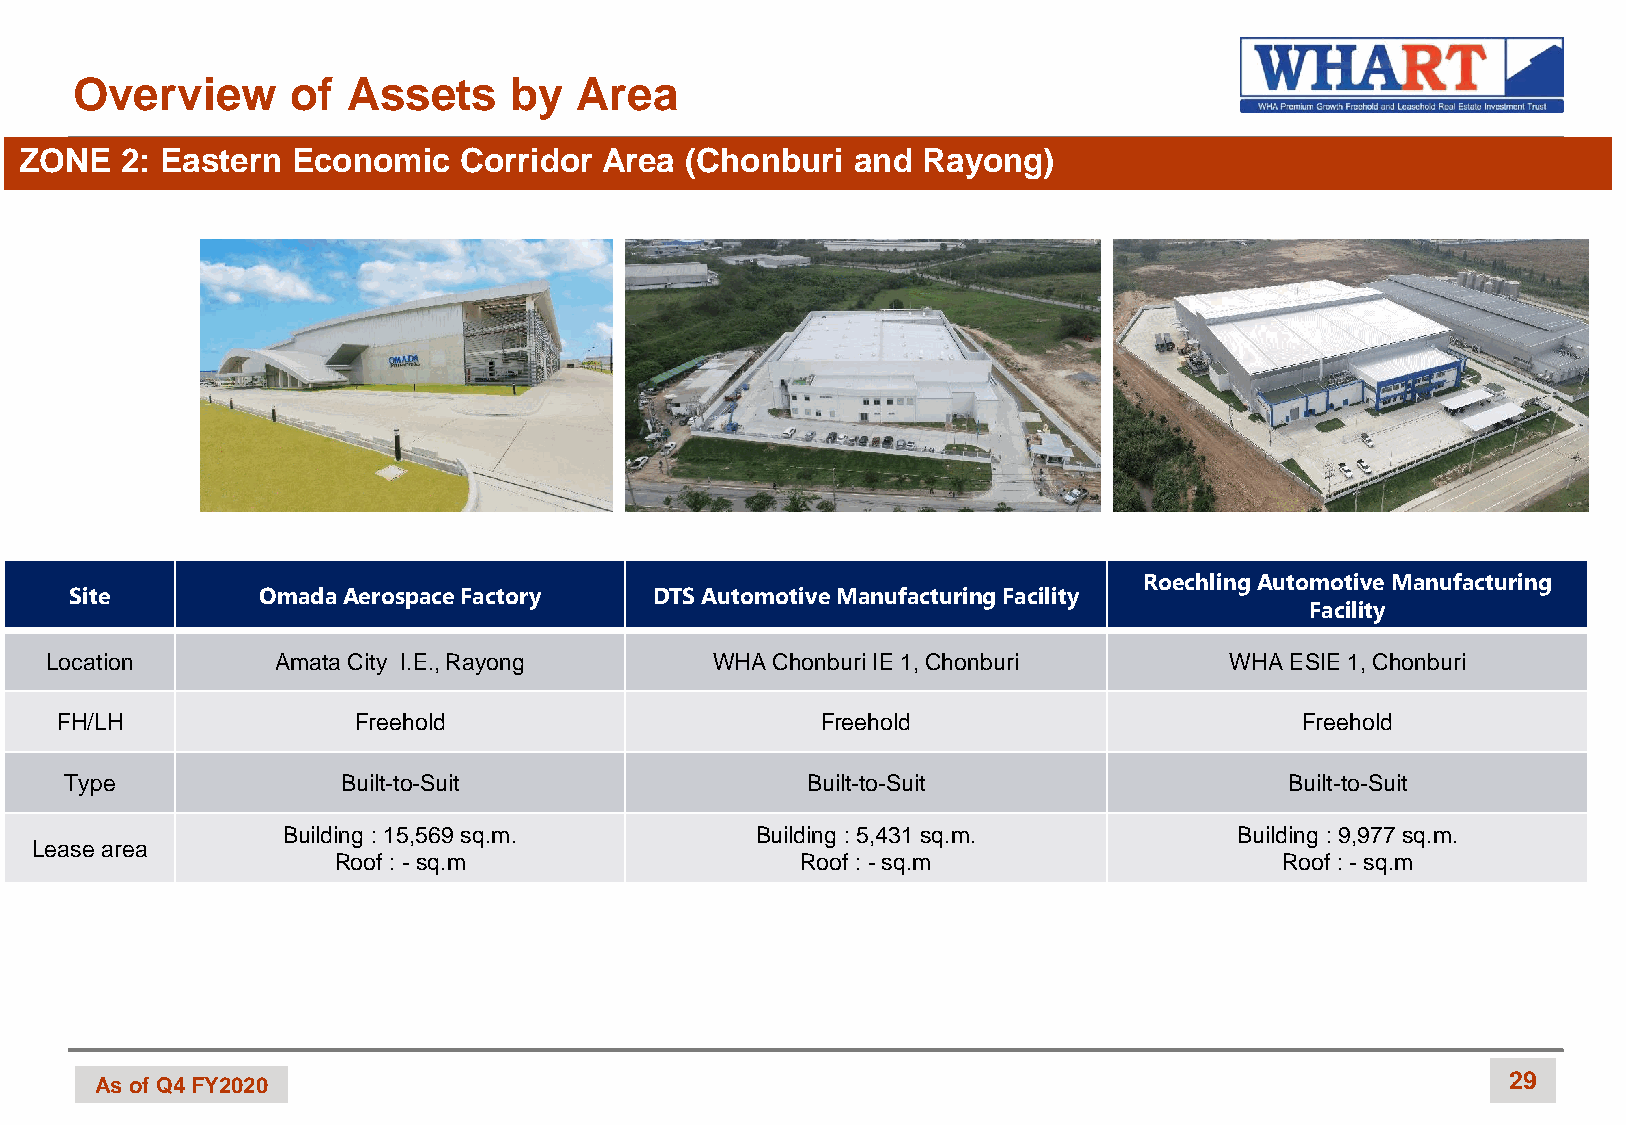
Overview      of  Assets     by  Area
 ZONE   2: Eastern Economic   Corridor  Area (Chonburi  and  Rayong)
 RoechlingAutomotive Manufacturing
 Site        OmadaAerospace Factory    DTS Automotive Manufacturing Facility
 Facility
 Location       Amata City I.E., Rayong      WHA Chonburi IE 1, Chonburi       WHA ESIE 1, Chonburi
 FH/LH              Freehold                       Freehold                        Freehold
 Type               Built-to-Suit                 Built-to-Suit                   Built-to-Suit
 Building : 15,569 sq.m.        Building : 5,431 sq.m.          Building : 9,977 sq.m.
 Lease area
 Roof : -sq.m                   Roof : -sq.m                    Roof : -sq.m
 As of Q4 FY2020                                                                               29